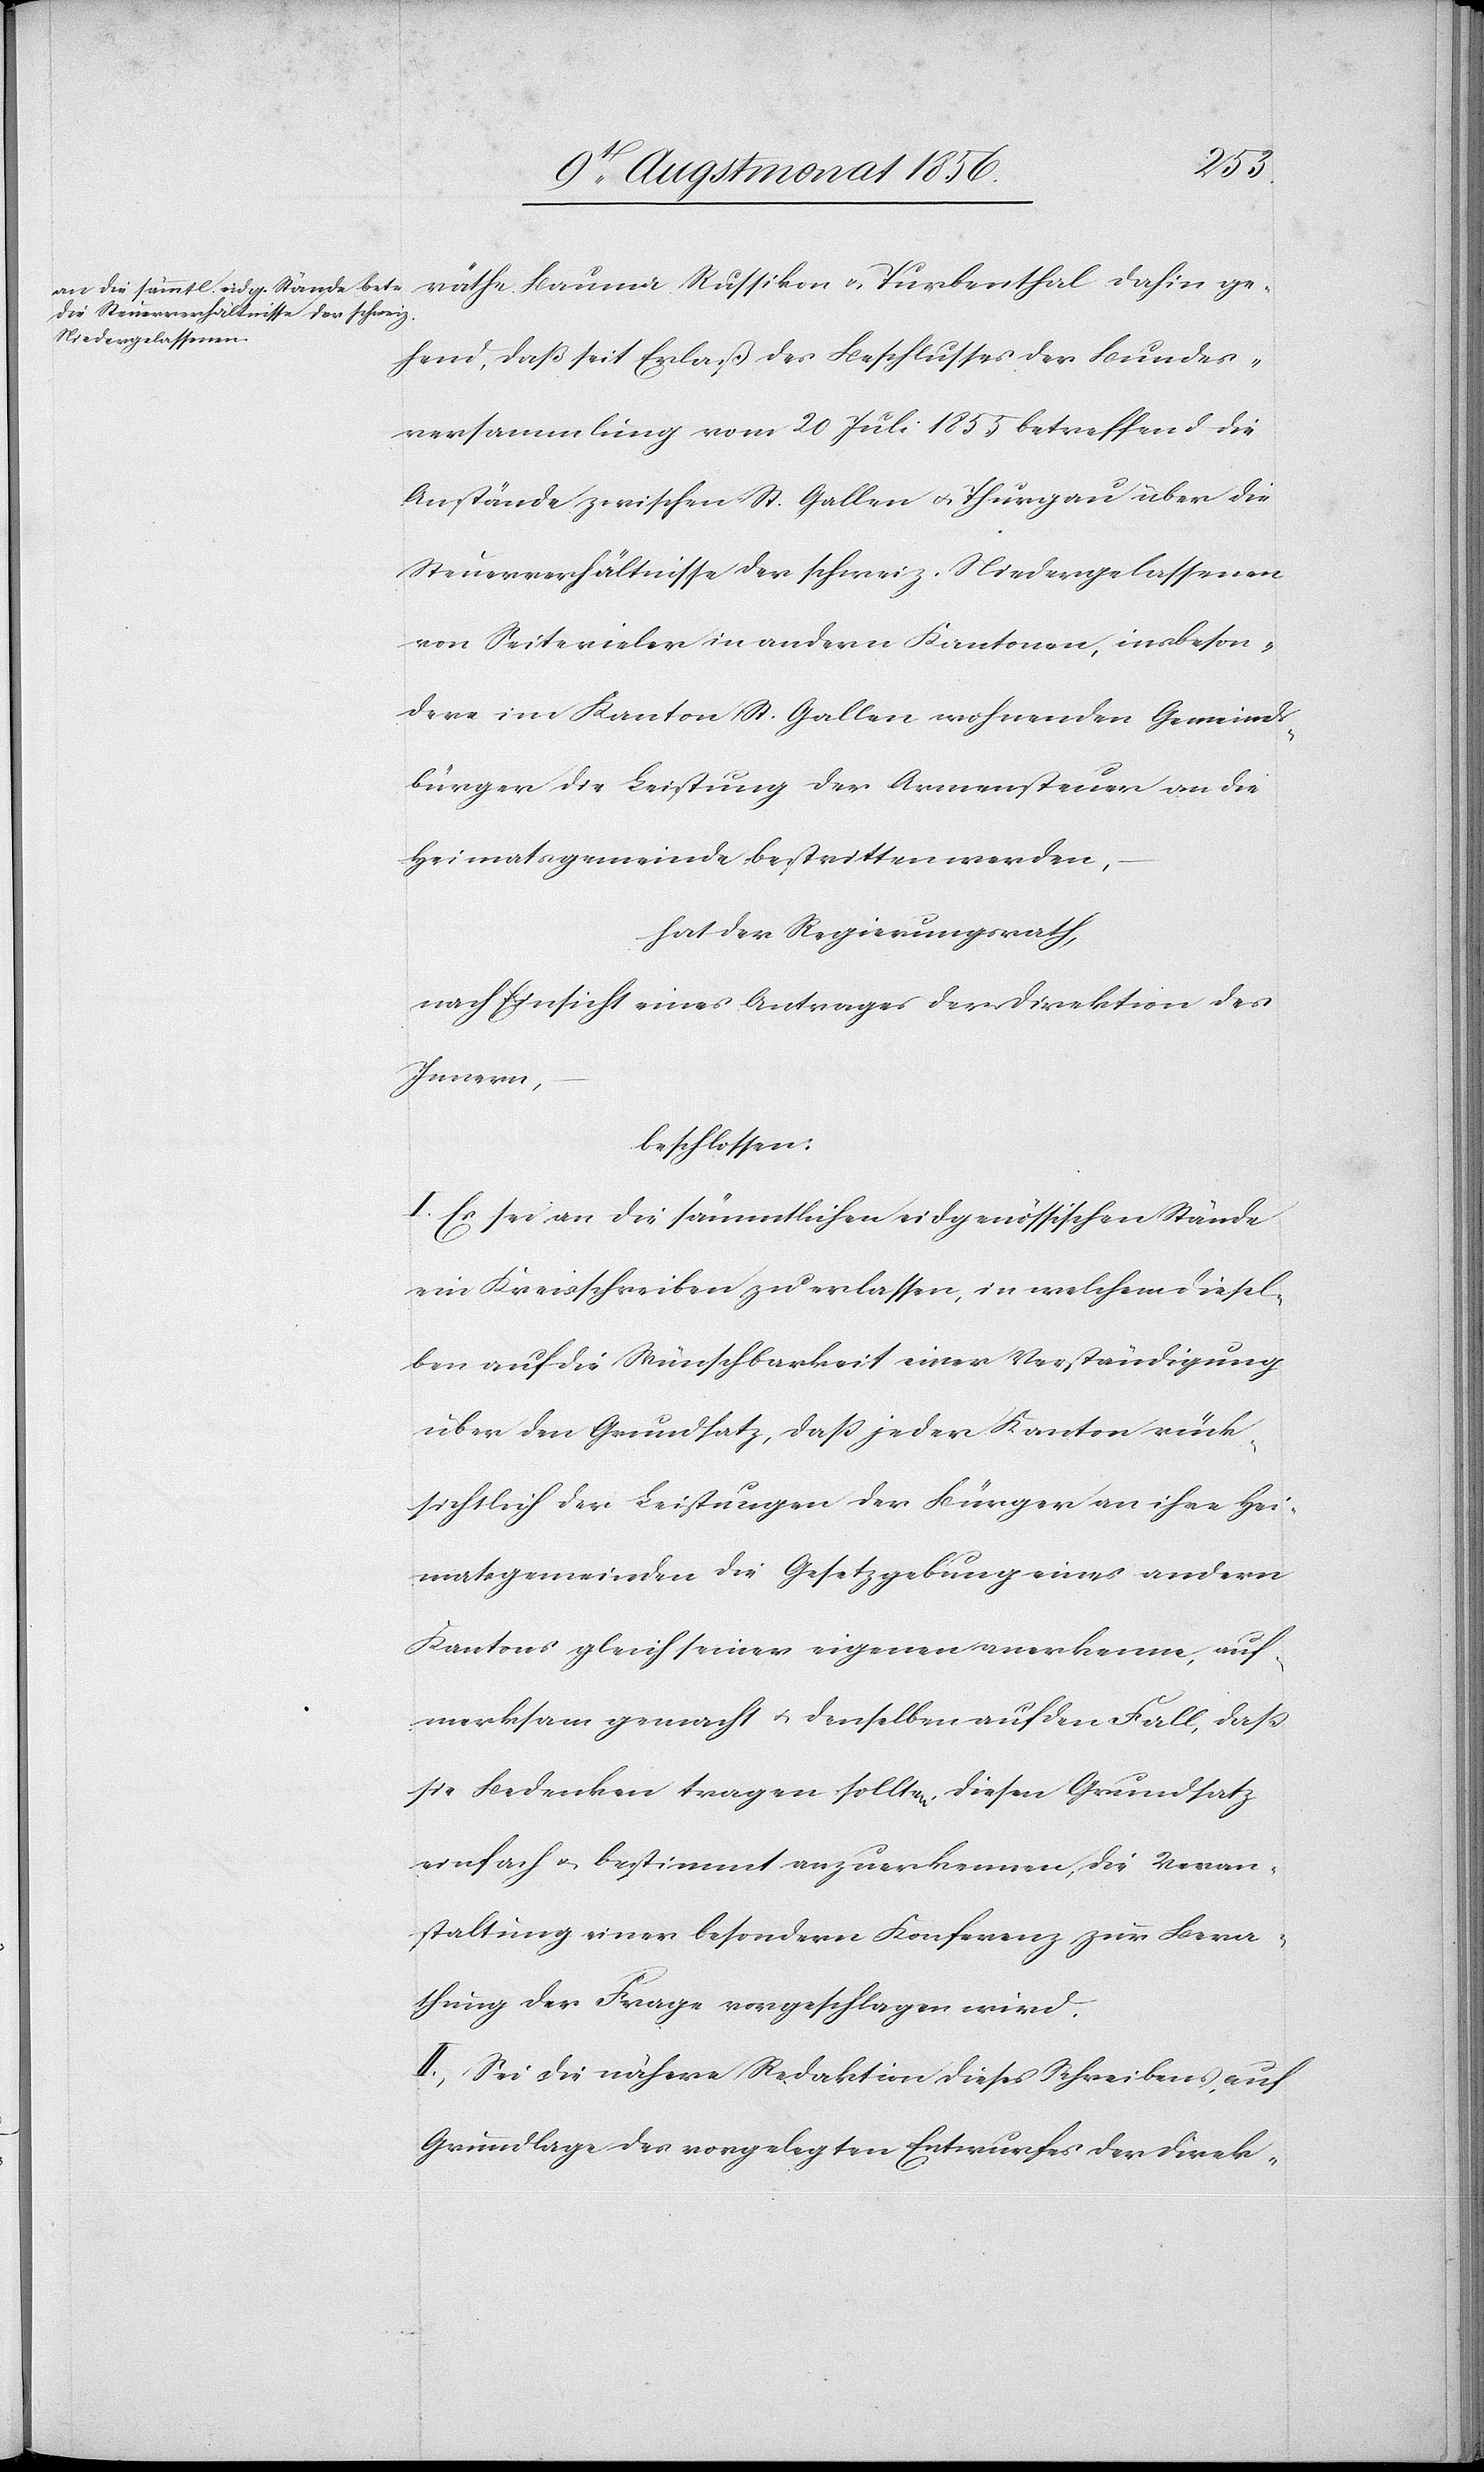
räthe Bauma Russikon u. Turbenthal dahin ge¬
hend, daß seit Erlaß des Beschlusses der Bundes¬
versammlung vom 20 Juli 1855 betreffend die
Anstände zwischen St. Gallen u. Thurgau über die
Steuerverhältnisse der schweiz. Niedergelassenen
von Seite vieler in andern Kantonen, insbeson¬
dere im Kanton St. Gallen wohnenden Gemeinds¬
bürger die Leistung der Armensteuer an die
Heimatsgemeinde bestritten werden,
hat der Regierungsrath,
nach Einsicht eines Antrages der Direktion des
Innern,
beschlossen:
I. Es sei an die sämmtlichen eidgenössischen Stände
ein Kreisschreiben zu erlassen, in welchem diesel¬
ben auf die Wünschbarkeit einer Verständigung
über den Grundsatz, dass jeder Kanton rück¬
sichtlich der Leistungen der Bürger an ihre Hei¬
matsgemeinden die Gesetzgebung eines andern
Kantons gleich seiner eigenen anerkenne, auf¬
merksam gemacht u. denselben auf den Fall, dass
sie Bedenken tragen sollten, diesen Grundsatz
einfach u. bestimmt anzuerkennen, die Veran¬
staltung einer besondern Konferenz zur Bera¬
thung der Frage vorgeschlagen wird.
II. Sei die nähere Redaktion dieses Schreibens, auf
Grundlage des vorgelegten Entwurfes der Direk-